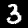
Digit: 3